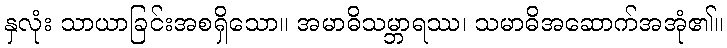
နှလုံး သာယာခြင်းအစရှိသော။ အမာဓိသမ္ဘာရဿ၊ သမာဓိအဆောက်အအုံ၏။